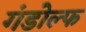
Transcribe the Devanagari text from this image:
गंडोल्फ